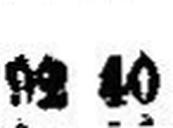
92 40